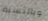
وبالنسبة